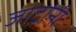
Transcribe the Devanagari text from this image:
जाटांनी